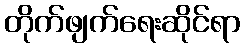
တိုက်ဖျက်ရေးဆိုင်ရာ